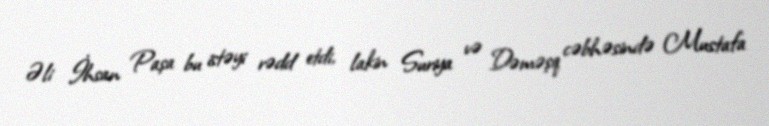
Əli İhsan Paşa bu istəyi rədd etdi, lakin Suriya və Dəməşq cəbhəsində Mustafa